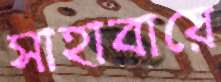
সাহাবায়ে